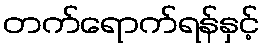
တက်ရောက်ရန်နှင့်